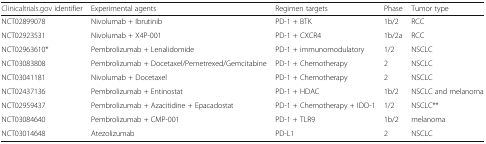
<table><thead><tr><td><b>Clinicaltrials.gov identifier</b></td><td><b>Experimental agents</b></td><td><b>Regimen targets</b></td><td><b>Phase</b></td><td><b>Tumor type</b></td></tr></thead><tbody><tr><td>NCT02899078</td><td>Nivolumab + Ibrutinib</td><td>PD-1 + BTK</td><td>1b/2</td><td>RCC</td></tr><tr><td>NCT02923531</td><td>Nivolumab + X4P-001</td><td>PD-1 + CXCR4</td><td>1b/2a</td><td>RCC</td></tr><tr><td>NCT02963610*</td><td>Pembrolizumab + Lenalidomide</td><td>PD-1 + immunomodulatory</td><td>1/2</td><td>NSCLC</td></tr><tr><td>NCT03083808</td><td>Pembrolizumab + Docetaxel/Pemetrexed/Gemcitabine</td><td>PD-1 + Chemotherapy</td><td>2</td><td>NSCLC</td></tr><tr><td>NCT03041181</td><td>Nivolumab + Docetaxel</td><td>PD-1 + Chemotherapy</td><td>2</td><td>NSCLC</td></tr><tr><td>NCT02437136</td><td>Pembrolizumab + Entinostat</td><td>PD-1 + HDAC</td><td>1b/2</td><td>NSCLC and melanoma</td></tr><tr><td>NCT02959437</td><td>Pembrolizumab + Azacitidine + Epacadostat</td><td>PD-1 + Chemotherapy + IDO-1</td><td>1/2</td><td>NSCLC**</td></tr><tr><td>NCT03084640</td><td>Pembrolizumab + CMP-001</td><td>PD-1 + TLR9</td><td>1b/2</td><td>melanoma</td></tr><tr><td>NCT03014648</td><td>Atezolizumab</td><td>PD-L1</td><td>2</td><td>NSCLC</td></tr></tbody></table>